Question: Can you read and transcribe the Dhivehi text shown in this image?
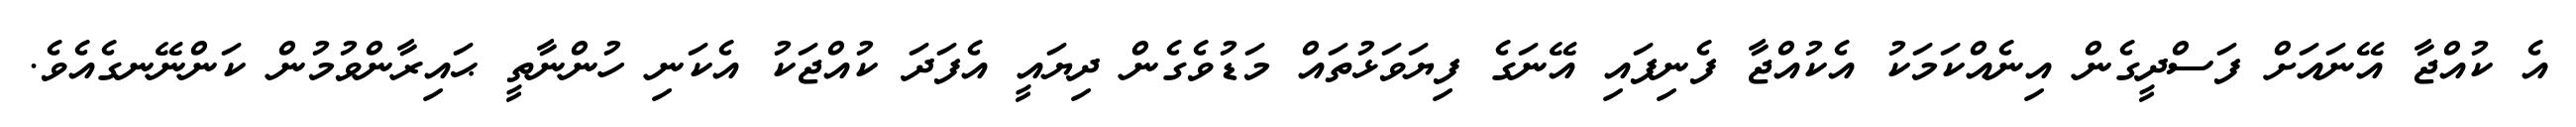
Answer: އެ ކުއްޖާ އޭނައަށް ފަސްދީގެން އިނެއްކަމަކު އެކުއްޖާ ފެނިފައި އޭނަގެ ފިޔަވަޅުތައް މަޑުވެގެން ދިޔައީ އެފަދަ ކުއްޖަކު އެކަނި ހުންނާތީ ޙައިރާންވުމުން ކަންނޭނގެއެވެ.